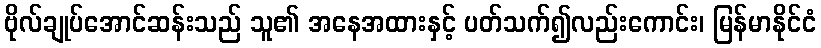
ဗိုလ်ချုပ်အောင်ဆန်းသည် သူ၏ အနေအထားနှင့် ပတ်သက်၍လည်းကောင်း၊ မြန်မာနိုင်ငံ